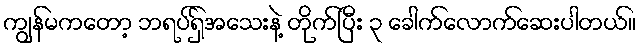
ကျွန်မကတော့ ဘရပ်ရှ်အသေးနဲ့ တိုက်ပြီး ၃ ခေါက်လောက်ဆေးပါတယ်။